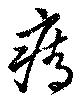
痔